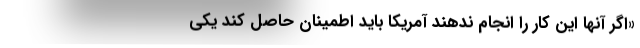
«اگر آنها این کار را انجام ندهند آمریکا باید اطمینان حاصل کند یکی